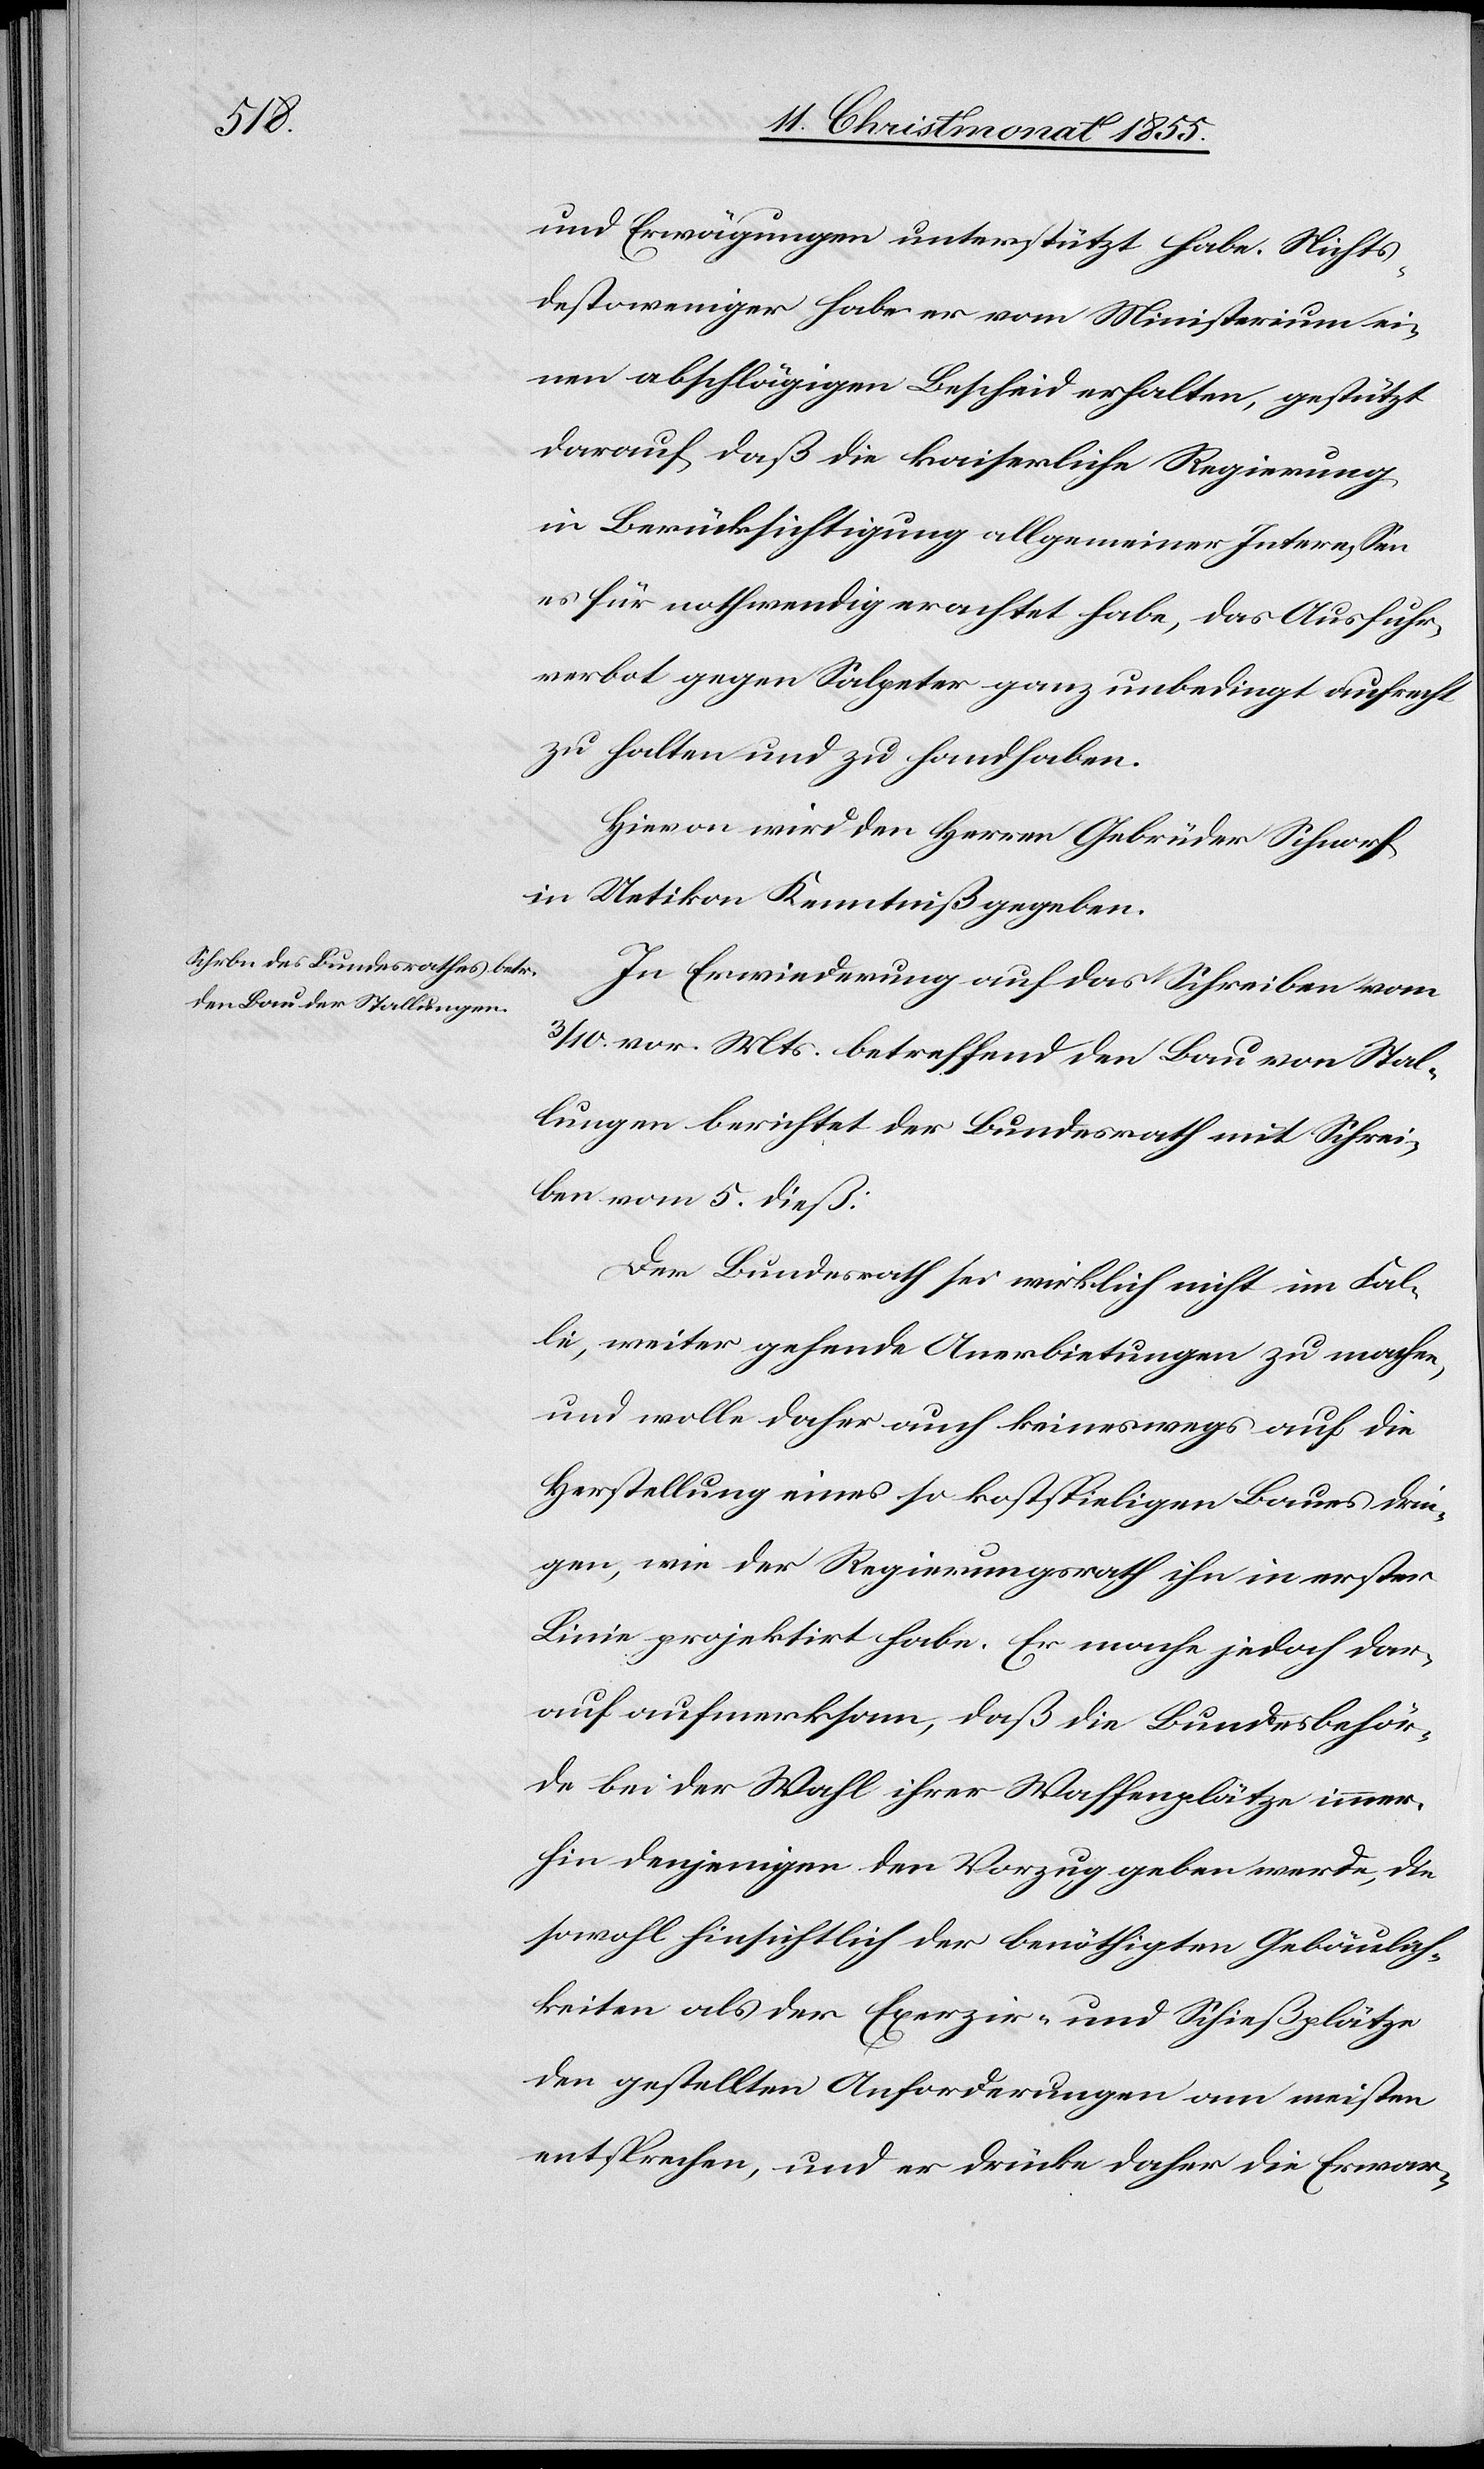
und Erwägungen unterstützt habe. Nichts¬
destoweniger habe er vom Ministerium ei¬
nen abschlägigen Bescheid erhalten, gestützt
darauf, daß die kaiserliche Regierung
in Berücksichtigung allgemeiner Interessen
es für nothwendig erachtet habe, das Ausfuhr¬
verbot gegen Salpeter ganz unbedingt aufrecht
zu halten und zu handhaben.
Hievon wird den Herren Gebrüder Schnorf
in Uetikon Kenntniß gegeben.
In Erwiederung auf das Schreiben vom
10. vor. Mts. betreffend den Bau von Stal¬
lungen berichtet der Bundesrath mit Schrei¬
ben vom 5. dieß:
Der Bundesrath sei wirklich nicht im Fal¬
le, weiter gehende Anerbietungen zu machen,
und wolle daher auch keineswegs auf die
Herstellung eines so kostspieligen Baues drin¬
gen, wie der Regierungsrath ihn in erster
Linie projektirt habe. Er mache jedoch dar¬
auf aufmerksam, daß die Bundesbehör¬
de bei der Wahl ihrer Waffenplätze immer¬
hin denjenigen den Vorzug geben werde, die
sowohl hinsichtlich der benöthigten Gebäulich¬
keiten als der Exerzir- und Schießplätze
den gestellten Anforderungen am meisten
entsprechen, und er drücke daher die Erwar-